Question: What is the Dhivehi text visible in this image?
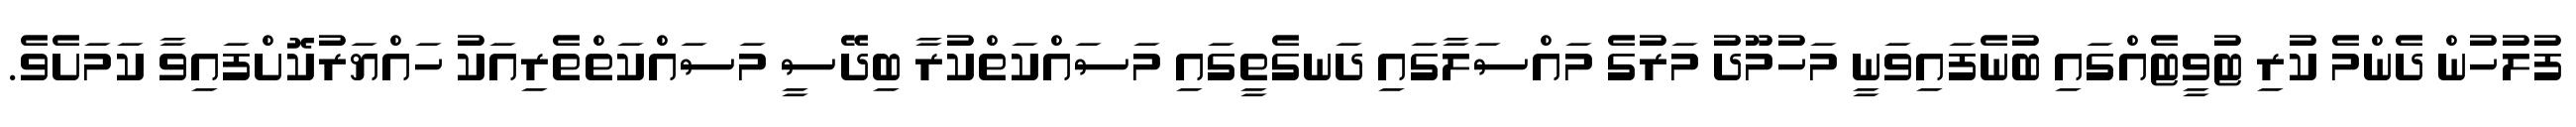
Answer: ފުލުހުން ދެންމެ ކުރި ޓުވީޓެއްގައި ބުނެފައިވަނީ މަހުމޫދު މަރުގެ މައްސަލާގައި ދަނގެތީގައި މަސައްކަތްކުރާ ބިދޭސީ މަސައްކަތްތެރިއަކު ހައްޔަރުކޮށްފައިވާ ކަމަށެވެ.